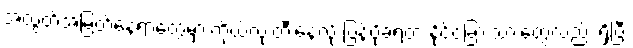
အထွတ်အမြတ်နေရာတွေမှာ ကိုယ်လုံးတီးနေလို့ ပြန်ပို့ခံရတဲ့ နိုင်ငံခြားသားတွေလည်း ရှိပြီး